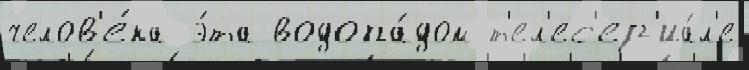
челов'е́ка э́та водопа́дом т'ел'ес'ер'иа́л'е